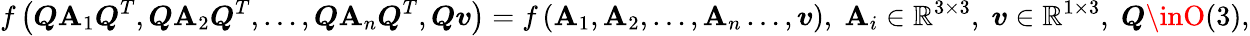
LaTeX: f\left(\boldsymbol{Q}\boldsymbol{\mathbf{A}}_{1}\boldsymbol{Q}^{T},\boldsymbol{Q}\boldsymbol{\mathbf{A}}_{2}\boldsymbol{Q}^{T},\ldots,\boldsymbol{Q}\mathbf{{\mathbf{A}}}_{n}\boldsymbol{Q}^{T},\boldsymbol{Q}\boldsymbol{v}\right)=f\left(\boldsymbol{\mathbf{A}}_{1},\boldsymbol{\mathbf{A}}_{2},\ldots,\boldsymbol{\mathbf{A}}_{n}\ldots,\boldsymbol{v}\right),\; \boldsymbol{\mathbf{A}}_{i}\in\mathbb{{R}}^{3\times3},\; \boldsymbol{v}\in\mathbb{{R}}^{1\times3},\; \boldsymbol{Q}\inO(3),